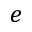
e